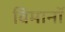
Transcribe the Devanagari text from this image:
विमानॉ